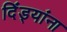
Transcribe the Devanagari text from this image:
दिंड्यांना